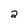
Character: 2